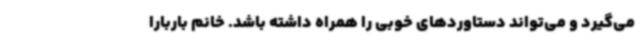
می‌گیرد و می‌تواند دستاوردهای خوبی را همراه داشته باشد. خانم باربارا